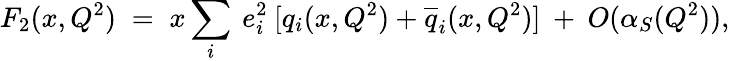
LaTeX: F_{2}(x,Q^{2})\; =\; x\sum_{i}\: e_{i}^{2}\: [q_{i}(x,Q^{2})+\overline{{{q}}}_{i}(x,Q^{2})]\: +\: O(\alpha_{S}(Q^{2})),